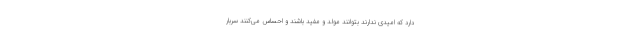
دارد که امیدی ندارند بتوانند مولد و مفید باشند و احساس می‌کنند سربار